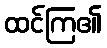
ထင်ကြ၏